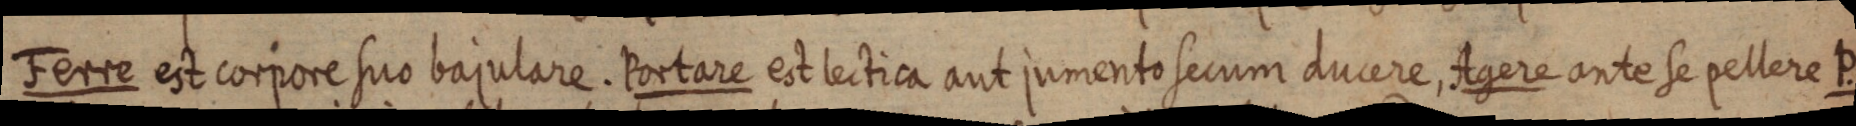
Ferre est corpore suo bajulare. Portare est lectica aut jumento secum ducere, Agere ante se pellere P.